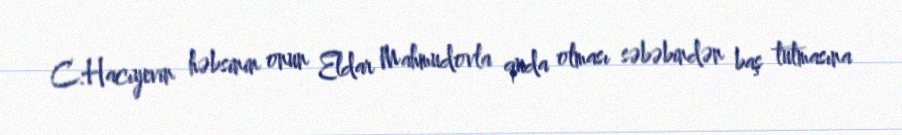
C.Hacıyevin həbsinin onun Eldar Mahmudovla quda olması səbəbindən baş tutmasına